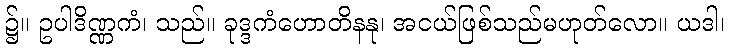
၌။ ဥပါဒိဏ္ဏကံ၊ သည်။ ခုဒ္ဒကံဟောတိနနု၊ အငယ်ဖြစ်သည်မဟုတ်လော။ ယဒါ၊